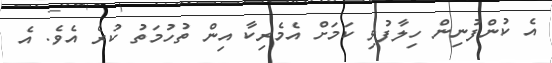
އެ ކުންފުނިން ހިލާފުވި ކަމަށް އެމެރިކާ އިން ތުހުމަތު ކުރެ އެވެ. އެ